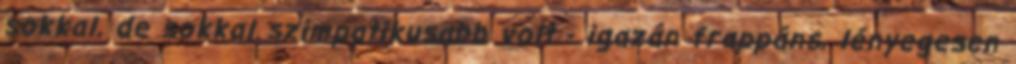
sokkal, de sokkal szimpatikusabb volt - igazán frappáns, lényegesen